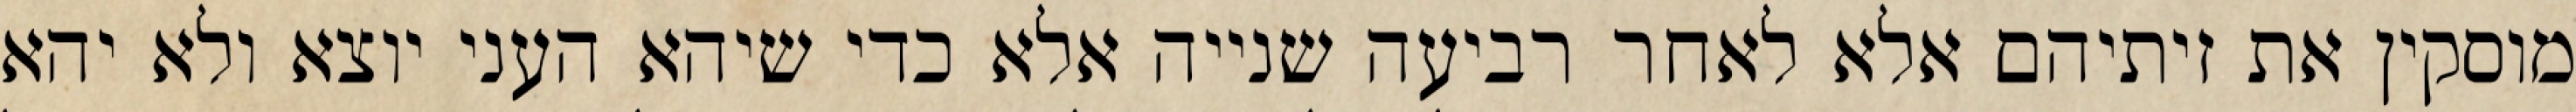
מוסקין את זיתיהם אלא לאחר רביעה שנייה אלא כדי שיהא העני יוצא ולא יהא